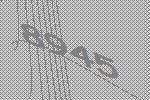
8945